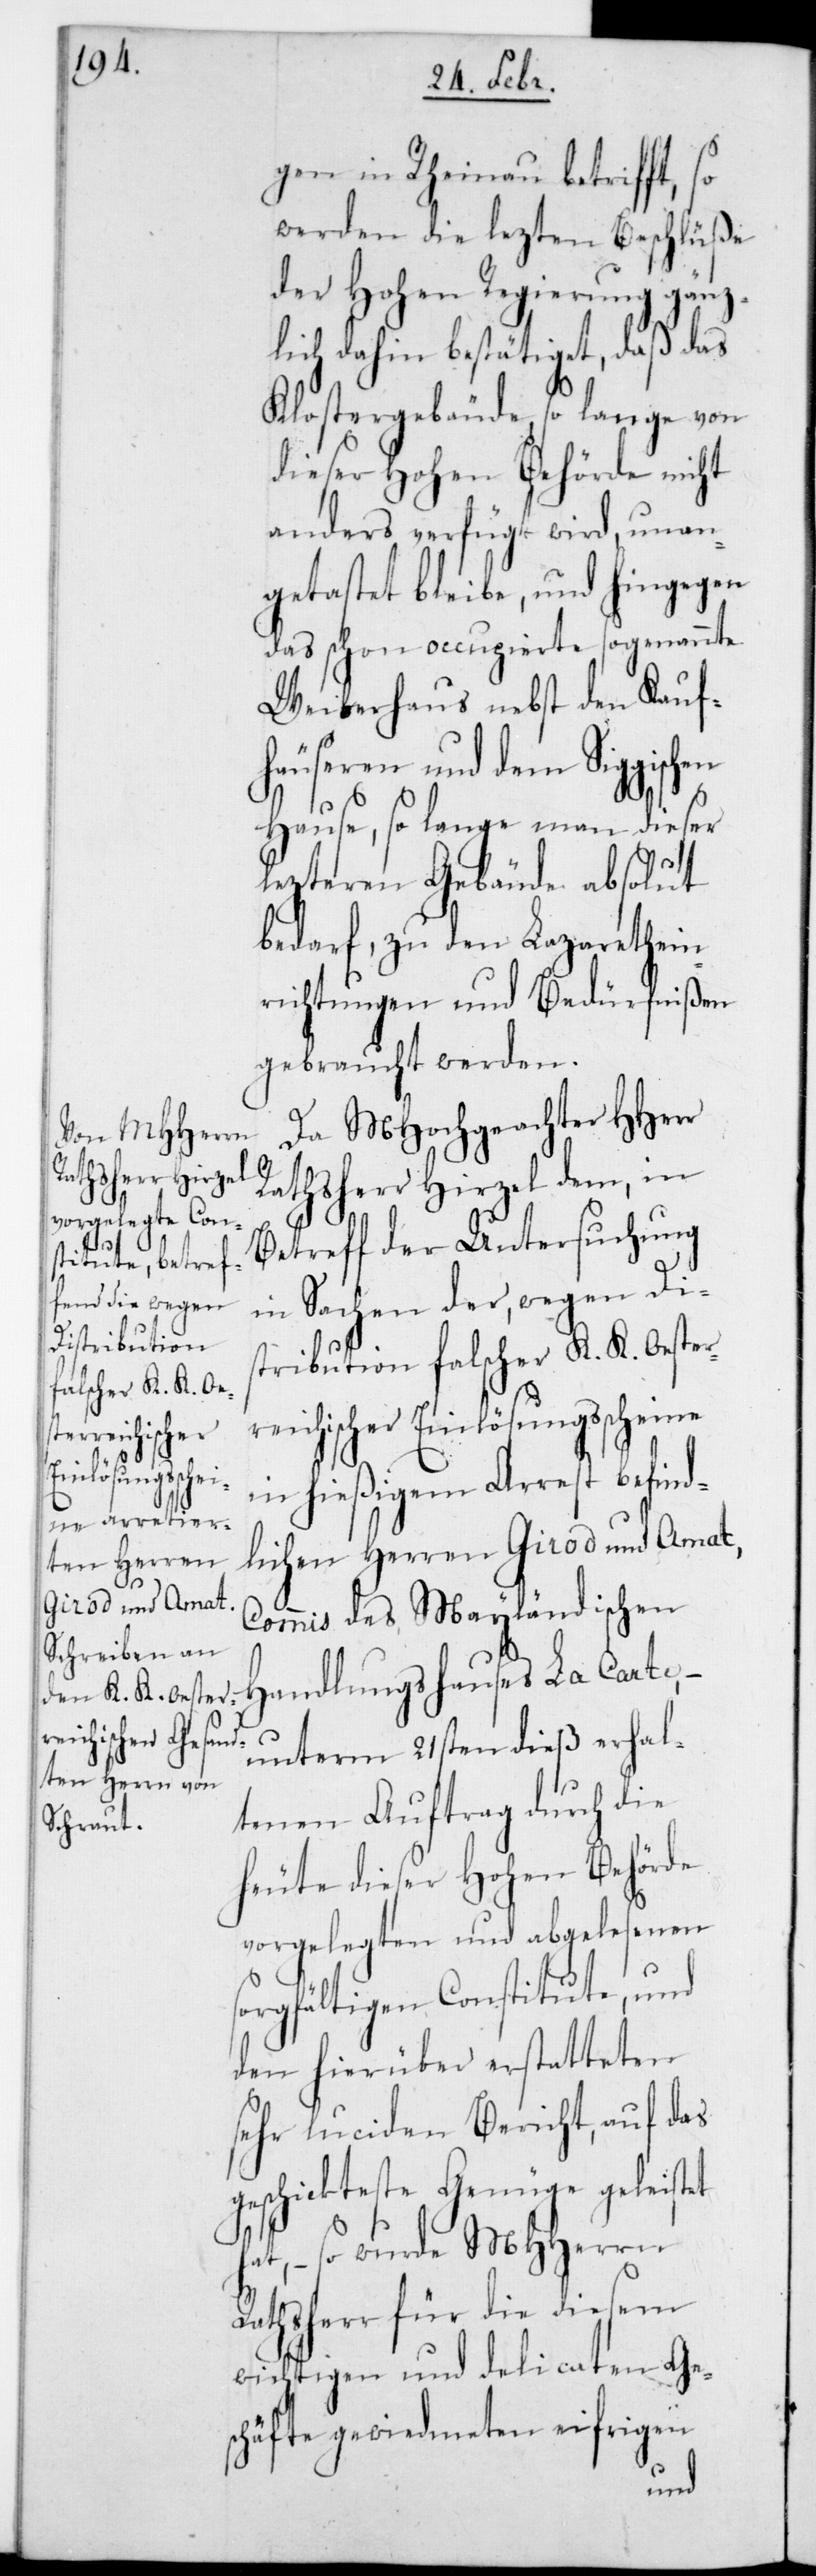
gischen
reichischer
Einlösungsscheine

gen in Rheinau betrifft, so
werden die lezten Beschlüße
der Hohen Regierung gänz¬
lich dahin bestätiget, daß das
Klostergebäude so lange von
dieser Hohen Behörde nicht
anders verfügt wird, unan¬
getastet bleibe, und hingegen
das schon occupierte sogenannte
Weiberhaus nebst den Kaufh¬
äuseren und dem Sig¬
Hause, so lange man dieser
lezteren Gebäude absolut
bedarf, zu den Lazarethein¬
richtungen und Bedürfnißen
gebraucht werden.
Da MHochgeachter HHerr
Rathsherr Hirzel dem, in
Betreff der Untersuchung
in Sachen der, wegen Di¬
stribution falscher K. K. Oester¬
in hießigem Arrest befind¬
lichen Herren Girod und Amat,
Commis des Mayländischen
Handlungshauses La Carte, –
unterm 21sten dieß erhal¬
tenen Auftrag durch die
heute dieser Hohen Behörde
vorgelegten und abgelesenen
sorgfältigen Constitute, und
den hierüber erstatteten
sehr luciden Bericht, auf das
geschickteste Genüge geleistet
hat, – so wurde MHHerrn
Rathsherr für die diesem
wichtigen und delicaten Ge¬
schäfte gewiedmeten eifrigen